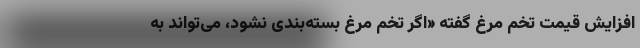
افزایش قیمت تخم مرغ گفته «اگر تخم‌ مرغ بسته‌بندی نشود، می‌تواند به